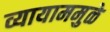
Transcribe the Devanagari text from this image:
व्यायाममुळे